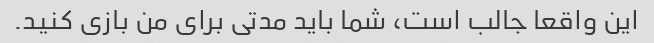
این واقعا جالب است، شما باید مدتی برای من بازی کنید.